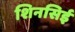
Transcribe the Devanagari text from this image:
शिनसिई